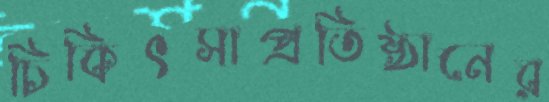
চিকিৎসাপ্রতিষ্ঠানের